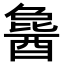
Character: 𬪰